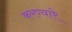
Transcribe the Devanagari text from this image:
करण्यारे